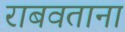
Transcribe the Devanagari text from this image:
राबवताना